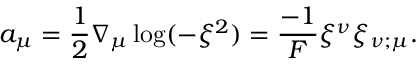
a _ { \mu } = \frac { 1 } { 2 } \nabla _ { \mu } \log ( - \xi ^ { 2 } ) = \frac { - 1 } { F } \xi ^ { \nu } \xi _ { \nu ; \mu } .